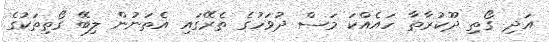
އަދި ގޯތި ދޫކުރާތާ ހައެއްކަ މަސް ދުވަހުގެ ތެރޭގައި އެތަނުން ލިބޭ ގޯތިތަކުގެ